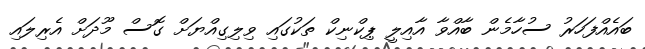
ބައެއްފަހަރު ސުހާމެން ބާއްވާ އާއިލީ ޕިކްނިކް ތަކުގައި ވިލިގިއްޔަށް ގޮސް މޫދަށް އެރިލައި